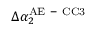
\Delta \alpha _ { 2 } ^ { \mathrm { A E \mathrm { ~ - ~ } C C 3 } }